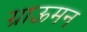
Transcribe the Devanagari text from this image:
ग्राऊमन